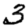
Digit: 3